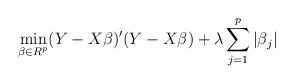
LaTeX: \begin{align*}\mathop{\min}_{\beta \in R^p} (Y-X\beta)'(Y-X\beta) + \lambda\sum_{j=1}^p |\beta_j|\end{align*}